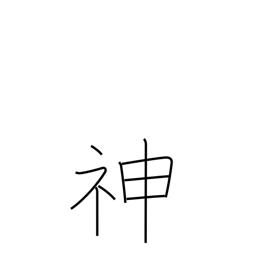
Meaning: gods